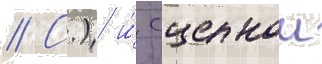
// С.) и́ сцепнои